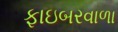
ફાઇબરવાળા